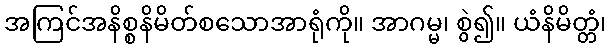
အကြင်အနိစ္စနိမိတ်စသောအာရုံကို။ အာဂမ္မ၊ စွဲ၍။ ယံနိမိတ္တံ၊